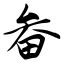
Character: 畚